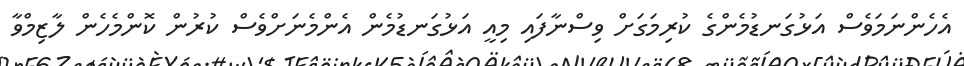
އެހެންނަމަވެސް އަޅުގަނޑުމެންގެ ކުރިމަގަށް ވިސްނާފައި މިއީ އަޅުގަނޑުމެން އެންމެނަށްވެސް ކުރުން ކޮންމެހެން ލާޒިމްވާ